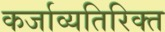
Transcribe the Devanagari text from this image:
कर्जाव्यतिरिक्त